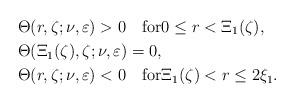
LaTeX: \begin{align*}&\Theta(r,\zeta;\nu,\varepsilon)>0 \quad\mbox{for}0\leq r <\Xi_1(\zeta), \\&\Theta(\Xi_1(\zeta),\zeta;\nu,\varepsilon)=0, \\&\Theta(r,\zeta;\nu,\varepsilon)<0\quad\mbox{for}\Xi_1(\zeta)<r\leq 2\xi_1. \end{align*}